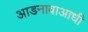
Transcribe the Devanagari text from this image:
आडनावाआधी